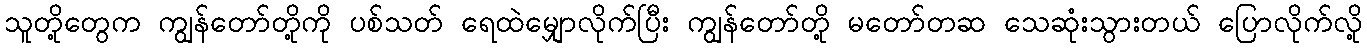
သူတို့တွေက ကျွန်တော်တို့ကို ပစ်သတ် ရေထဲမျှောလိုက်ပြီး ကျွန်တော်တို့ မတော်တဆ သေဆုံးသွားတယ် ပြောလိုက်လို့